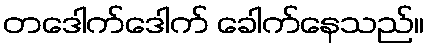
တဒေါက်ဒေါက် ခေါက်နေသည်။